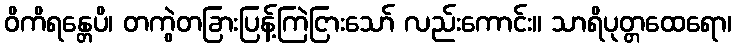
ဝိကိရန္တေပိ၊ တကွဲတခြားပြန့်ကြဲငြားသော် လည်းကောင်း။ သာရိပုတ္တထေရော၊